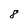
Character: 8